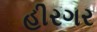
હીરગર